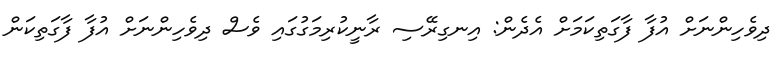
ދިވެހިންނަށް އުފާ ފާގަތިކަމަށް އެދެން: އިނގިރޭސި ރާނީކުރިމަގުގައި ވެސް ދިވެހިންނަށް އުފާ ފާގަތިކަން